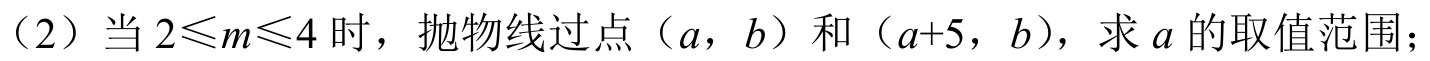
（2）当 \(2\leqslant m\leqslant 4\) 时，抛物线过点 \((a,b)\) 和 \((a + 5,b)\)，求 \(a\) 的取值范围；